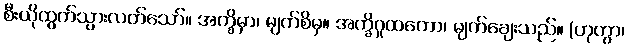
စီးယိုထွက်သွားလတ်သော်။ အက္ခိမှာ၊ မျက်စိမှ။ အက္ခိဂူထကော၊ မျက်ချေးသည်။ (ဟုတွာ၊